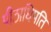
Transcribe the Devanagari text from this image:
पीठाधिपति